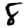
Digit: 8